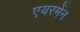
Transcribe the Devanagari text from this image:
एयरमेंन